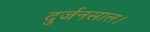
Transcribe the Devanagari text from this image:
दुर्जनसाल।